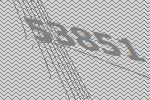
53851